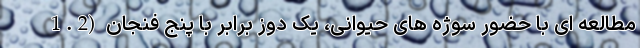
مطالعه ای با حضور سوژه های حیوانی، یک دوز برابر با پنج فنجان (1.2